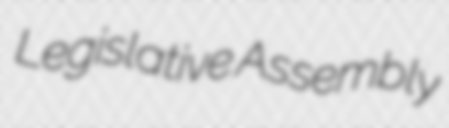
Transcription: Legislative Assembly